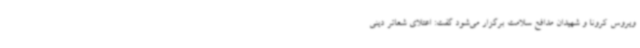
ویروس کرونا و شهیدان مدافع سلامت برگزار می‌شود گفت: اعتلای شعائر دینی